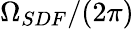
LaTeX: \Omega_{SDF}/(2\pi)